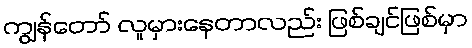
ကျွန်တော် လူမှားနေတာလည်း ဖြစ်ချင်ဖြစ်မှာ